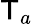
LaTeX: \mathsf{T}_{a}